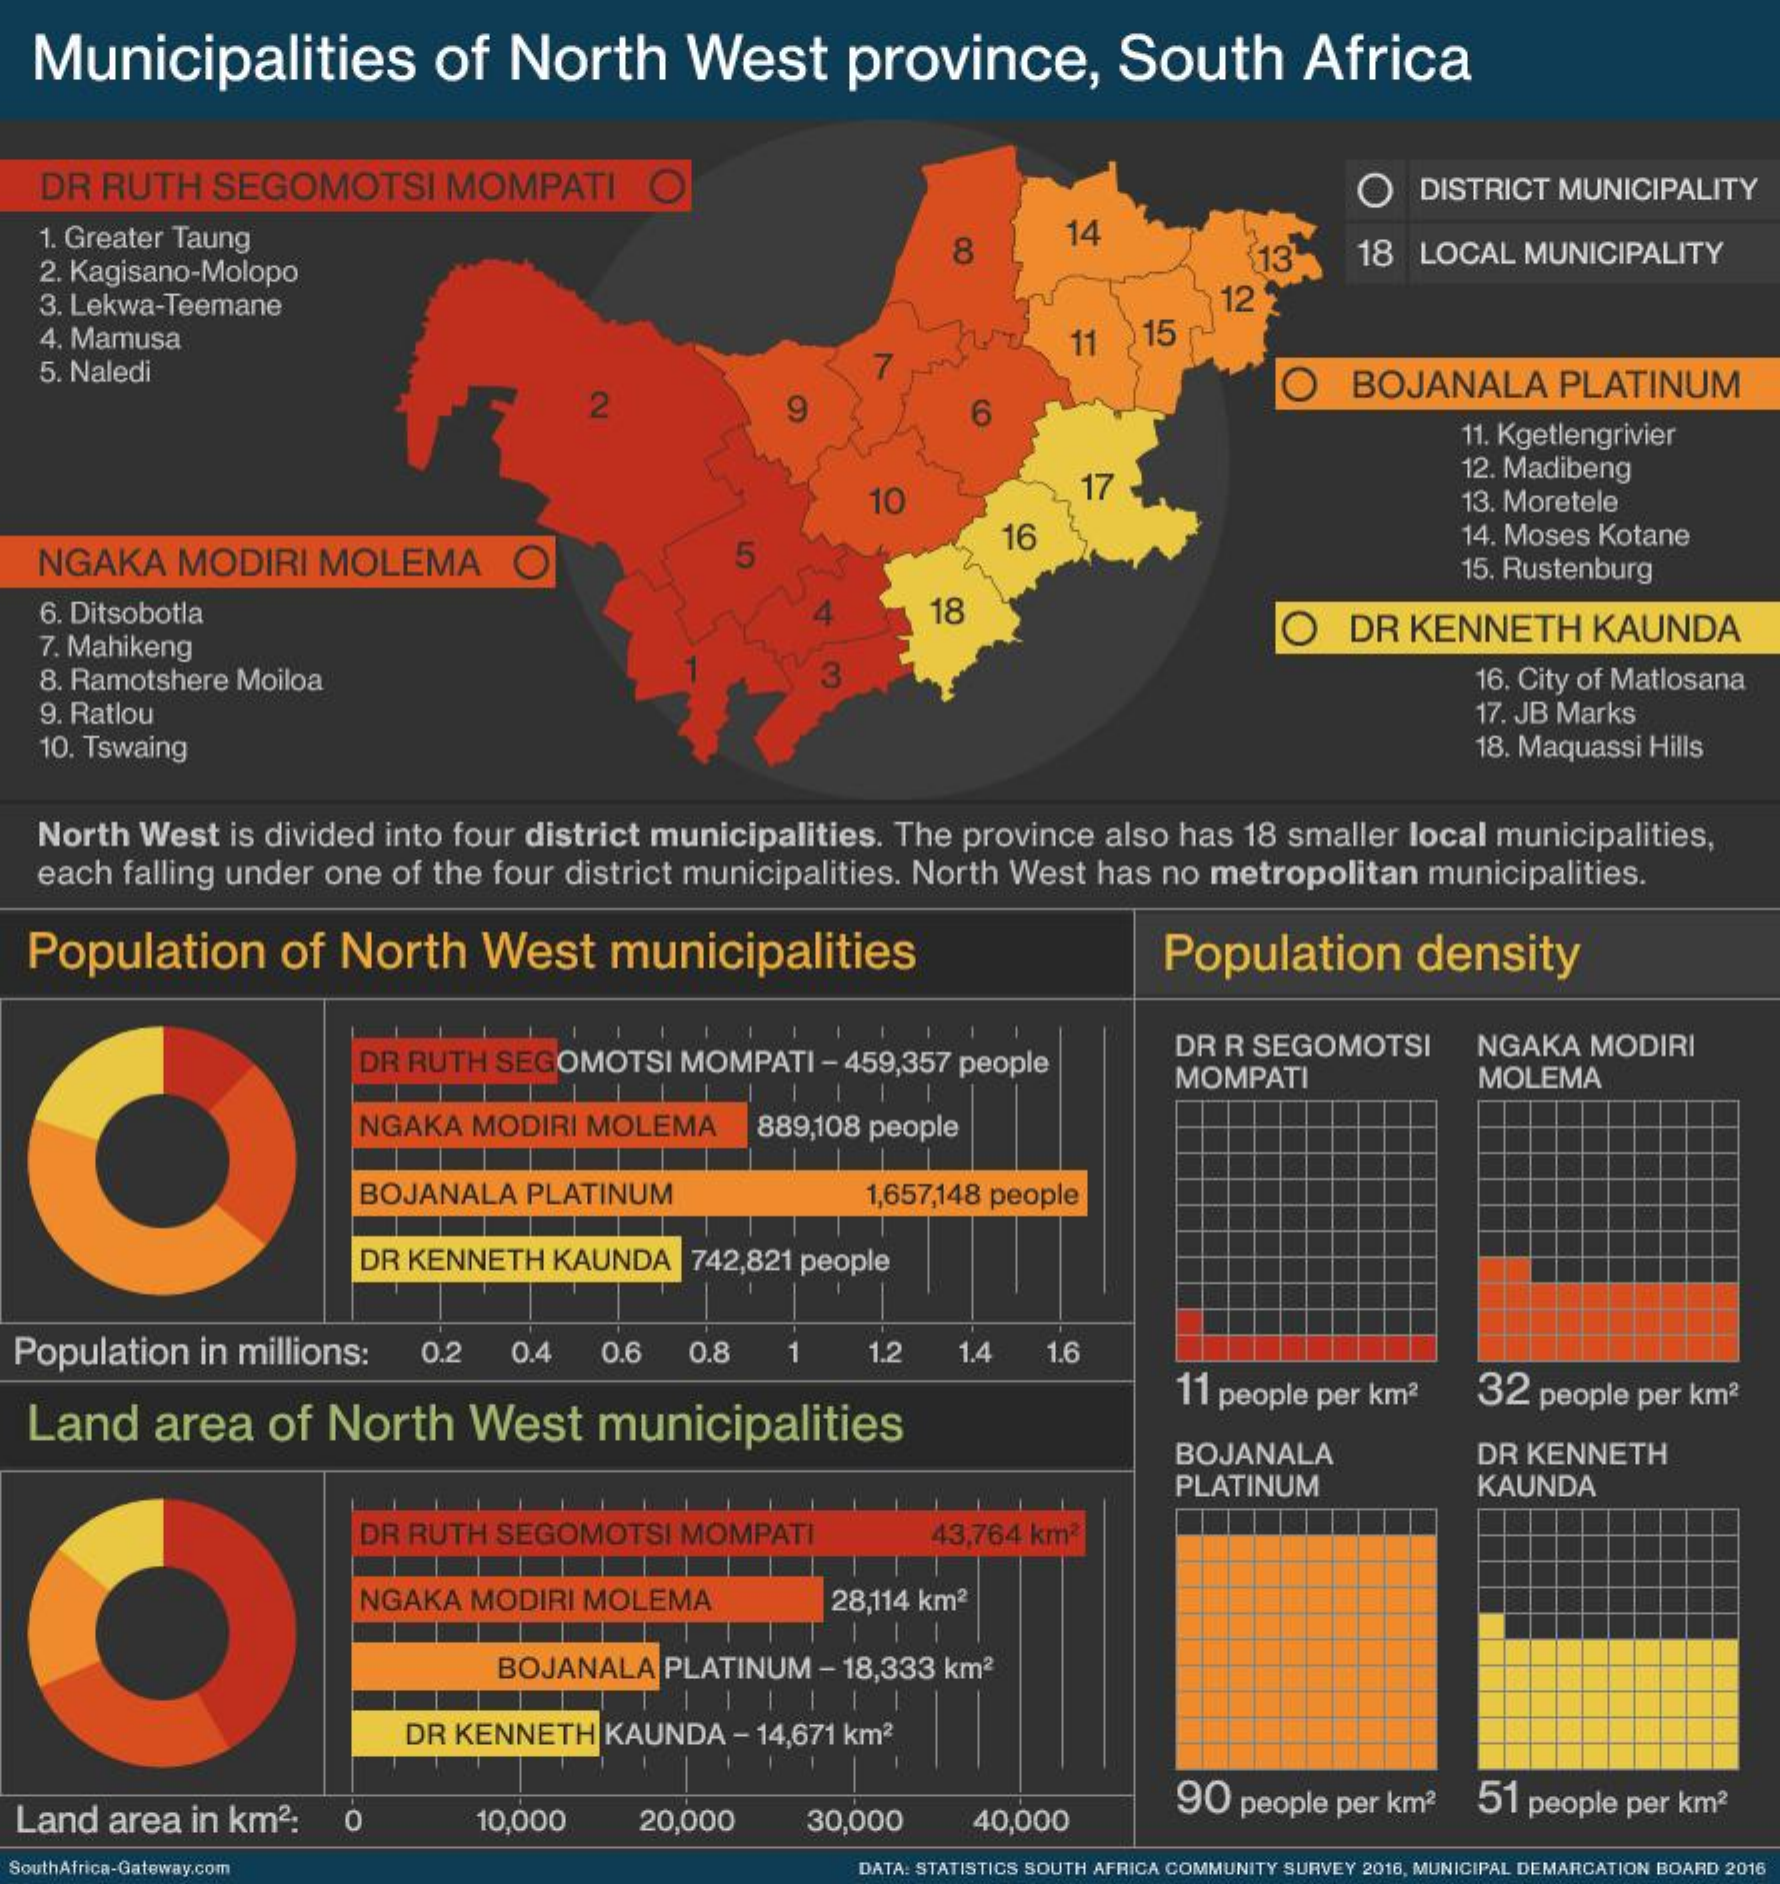
Municipalities    of  North    West    province,    South    Africa
  DR  RUTH  SEGOMOTSI   MOMPATI    O    O   DISTRICT MUNICIPALITY
   1. Greater Taung
   2. Kagisano-Molopo
     18
     14
     13   18 LOCAL MUNICIPALITY
   3. Lekwa-Teemane    12
  4. Mamusa    15
   5. Naledi
     11
     O   BOJANALA   PLATINUM
     11. Kgetlengrivier
     12. Madibeng
     10    13. Moretele
   NGAKA  MODIRI MOLEMA    O
     16    14. Moses Kotane
     15. Rustenburg
   6. Ditsobotla    18
  7. Mahikeng
     O   DR KENNETH   KAUNDA
   8. Ramotshere Moiloa    16. City of Matlosana
  9. Ratlou    17. JB Marks
   10. Tswaing    18. Maquassi Hills
  North West is divided into four district municipalities. The province also has 18 smaller local municipalities,
  each falling under one of the four district municipalities. North West has no metropolitan municipalities.
  Population   of North   West   municipalities    Population   density
     DR RUTH SEGOMOTSI MOMPATI - 459,357 people
     DR R SEGOMOTSI   NGAKA MODIRI
     MOMPATI    MOLEMA
     NGAKA MODIRI MOLEMA   889,108 people
     BOJANALA PLATINUM    1,657,148 people
     DR KENNETH KAUNDA 742,821 people
  Population in millions: 0.2 0.4 0.6 0.8  1    1.2  1.4 1.6
  Land  area   of North   West   municipalities
     11 people per km2 32 people per km2
     BOJANALA    DR KENNETH
     PLATINUM    KAUNDA
     DR RUTH SEGOMOTSI MOMPATI    43,764 km2
     NGAKA MODIRI MOLEMA    28,114 km2
     BOJANALA PLATINUM - 18,333 km2
     DR KENNETH KAUNDA - 14,671 km2
  Land area in km2:    10,000   20,000   30,000    40,000
     90 people per km2 51 people per km2
  SouthAfrica-Gateway.com    DATA: ATISTICS SOUTH AFRICA COMMUNITY SURVEY 2016, MUNICIPAL DEMARCATION BOARD 2016